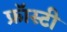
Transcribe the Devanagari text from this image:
फ्रॉस्टी